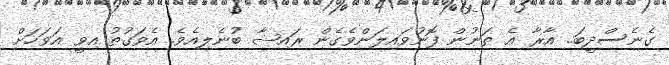
ގެނެސްދީބަ.. އާރާ އެ ތަނުން ފޮނުވައިލަންވެގެން ރައިޝާ ބުނެލިއެވެ. އެވަގުތު އިވީ އަވަހަށް